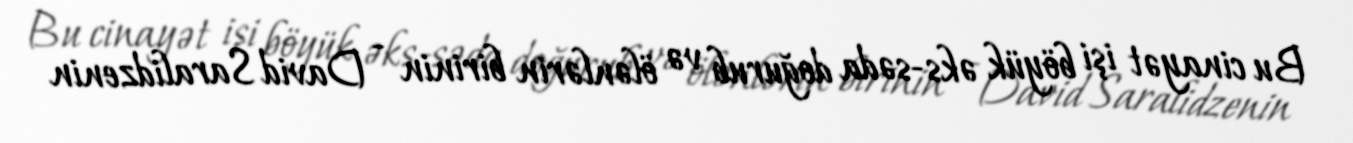
Bu cinayət işi böyük əks-səda doğurub və ölənlərin birinin - David Saralidzenin